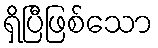
ရှိပြီဖြစ်သော